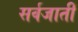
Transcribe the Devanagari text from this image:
सर्वजाती